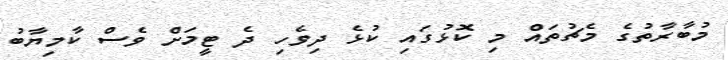
މުބާރާތުގެ މެޗުތައް މި ކޮޅުގައި ކުޅެ ދިވެހި ދެ ޓީމަށް ވެސް ކާމިޔާބު